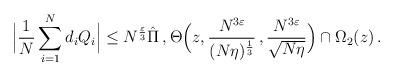
LaTeX: \begin{align*}\Big|\frac{1}{N}\sum_{i=1}^N d_i Q_i \Big|\leq N^{\frac{\varepsilon}{3}} \hat{\Pi}\,, \Theta\Big(z,{\frac{N^{3\varepsilon}}{(N\eta)^{\frac13}}}\,, {\frac{N^{3\varepsilon}}{\sqrt{N\eta}}} \Big)\cap \Omega_2(z)\,.\end{align*}